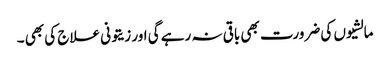
مالشیوں کی ضرورت بھی باقی نہ رہے گی اور زیتونی علاج کی بھی ۔